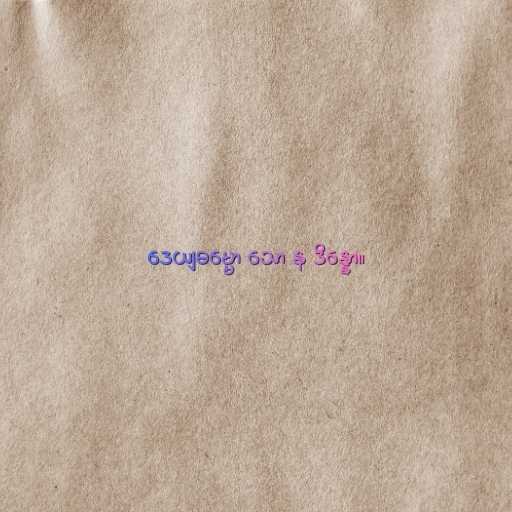
ဒေယျဓမ္မော သော န ဒိန္နော။